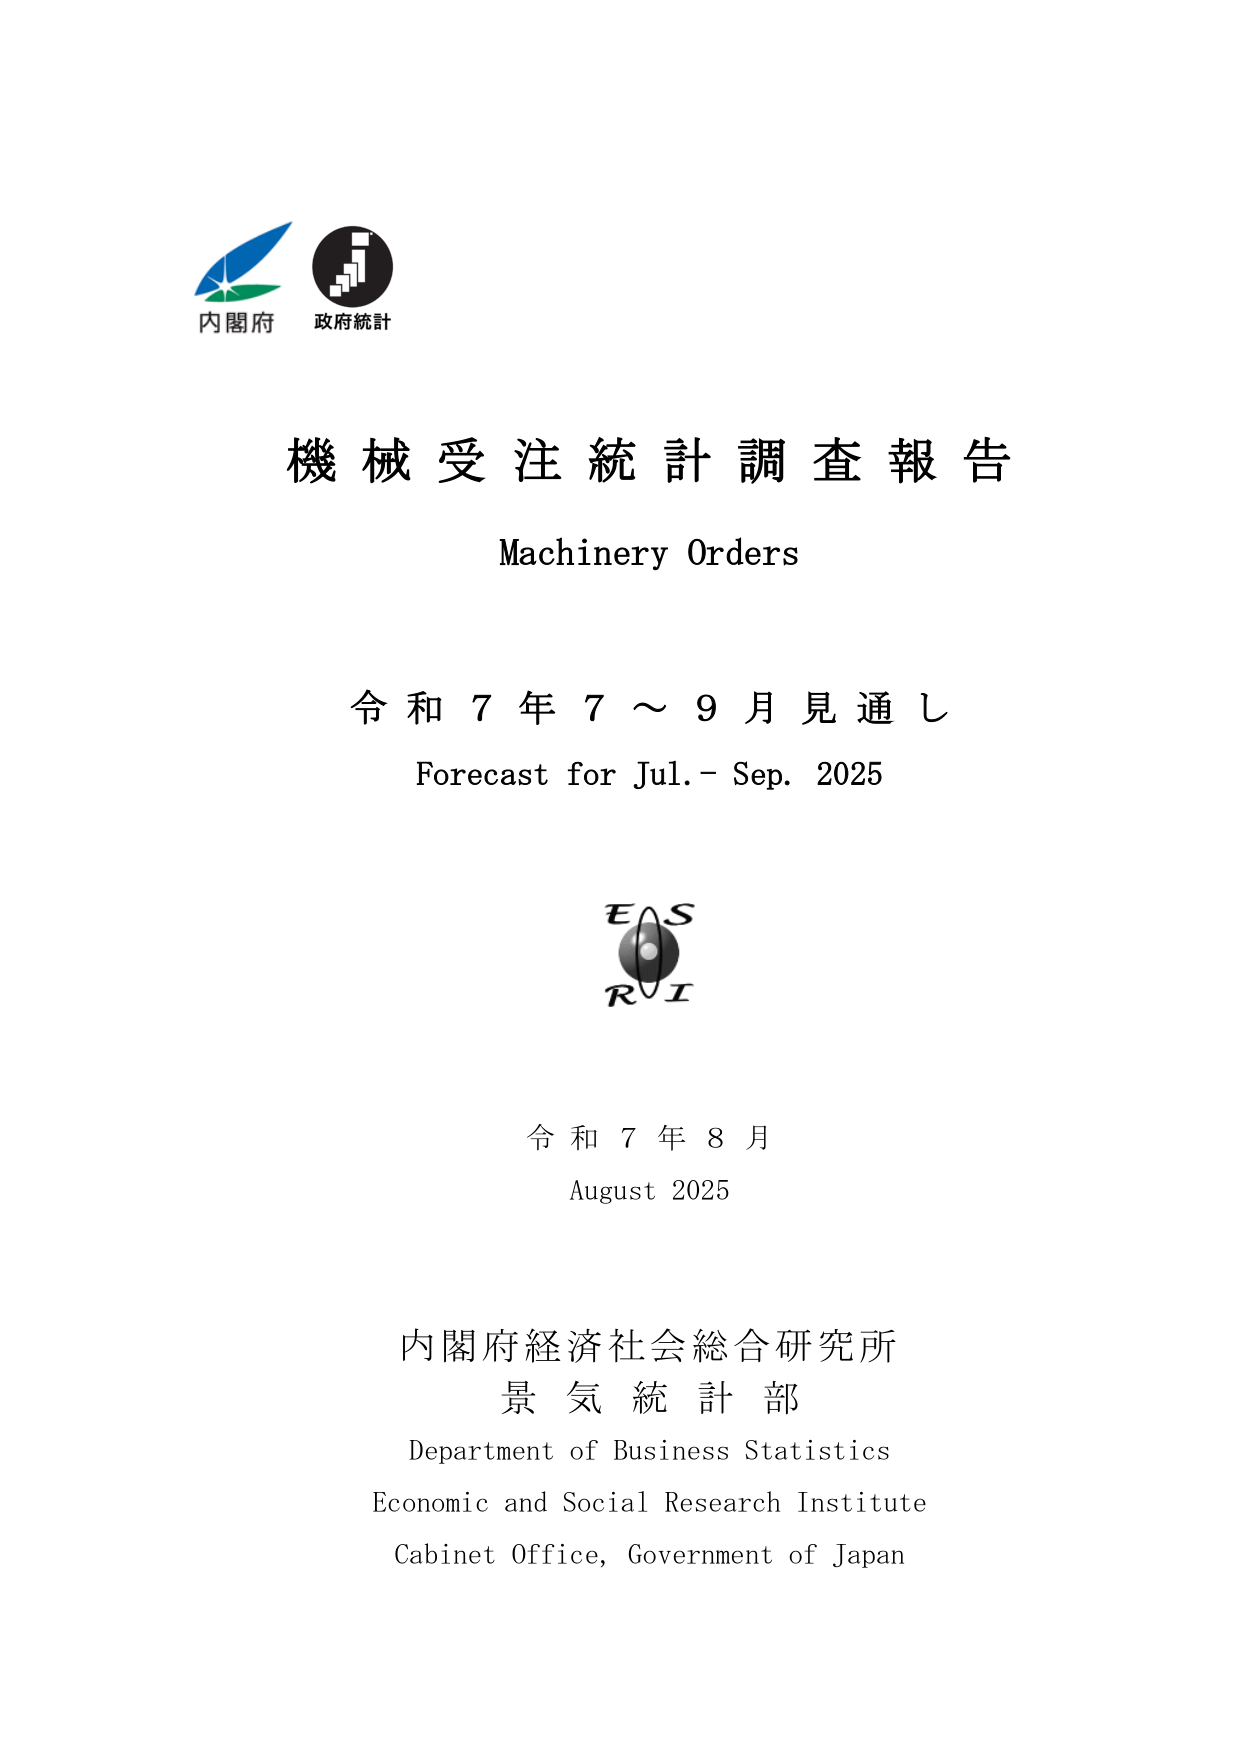
内閣府
政府統計

機械受注統計調査報告
Machinery Orders

令和７年７～９月見通し
Forecast for Jul. – Sep. 2025

EAS
RI

令和７年８月
August 2025

内閣府経済社会総合研究所
景気統計部
Department of Business Statistics
Economic and Social Research Institute
Cabinet Office, Government of Japan